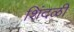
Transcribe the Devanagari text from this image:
शिंदळी